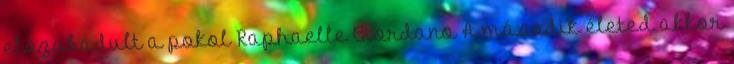
elszabadult a pokol Raphaelle Giordano A második életed akkor